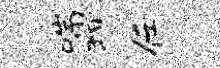
喘狎任